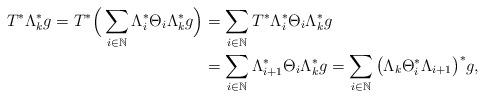
LaTeX: \begin{align*} T^*\Lambda_k^*g=T^*\Big(\sum_{i\in\mathbb{N}}\Lambda_i^*\Theta_i\Lambda_k^*g\Big) &=\sum_{i\in\mathbb{N}}T^*\Lambda_i^*\Theta_i\Lambda_k^*g \\&=\sum_{i\in\mathbb{N}}\Lambda_{i+1}^*\Theta_i\Lambda_k^*g =\sum_{i\in\mathbb{N}}\big(\Lambda_k \Theta_i^*\Lambda_{i+1}\big)^*g,\end{align*}